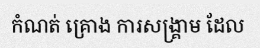
កំណត់ គ្រោង ការសង្គ្រាម ដែល